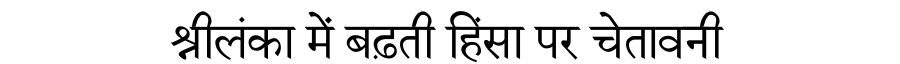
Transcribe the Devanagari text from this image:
श्रीलंका में बढ़ती हिंसा पर चेतावनी